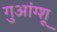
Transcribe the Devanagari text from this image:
गुआंग्शू